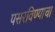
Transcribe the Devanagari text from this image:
पसरविण्याचा